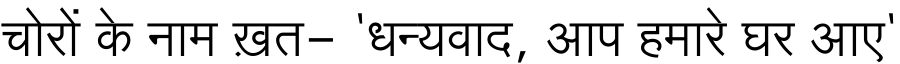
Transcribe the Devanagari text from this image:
चोरों के नाम ख़त- 'धन्यवाद, आप हमारे घर आए'